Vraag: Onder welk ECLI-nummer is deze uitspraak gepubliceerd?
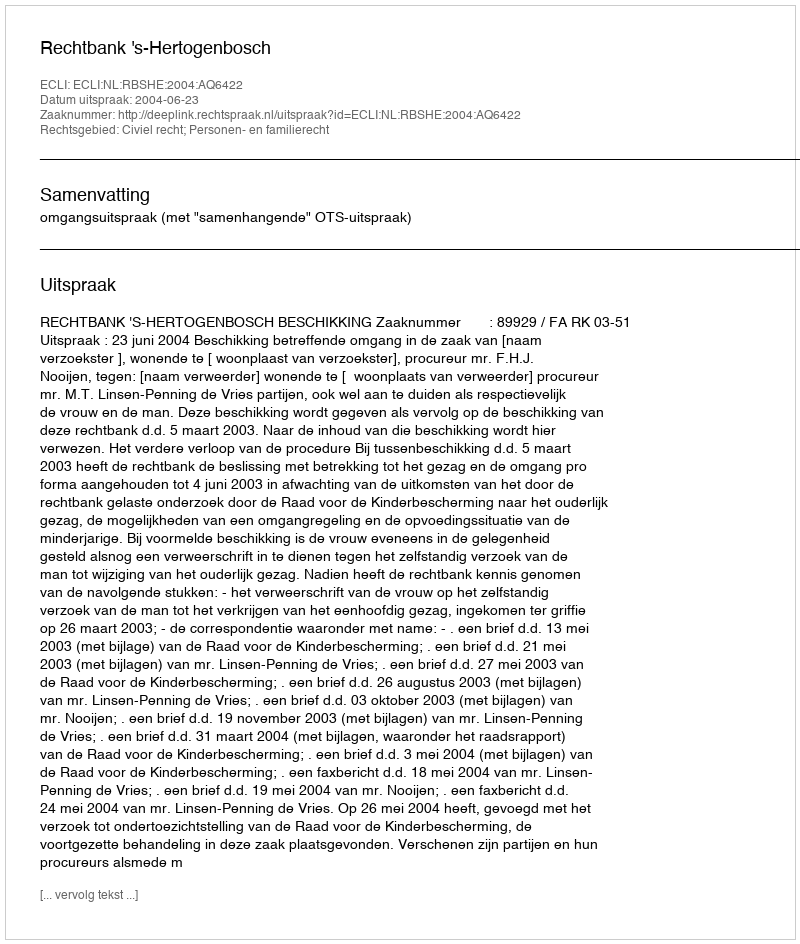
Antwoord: ECLI:NL:RBSHE:2004:AQ6422